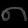
Digit: ၈